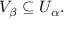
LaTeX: V _ { \beta } \subseteq U _ { \alpha } .